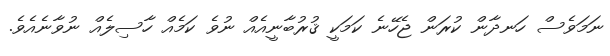
ނަމަވެސް ހަނދާން ކުރަން ޖެހޭނެ ކަމަކީ ޤުރުބާނީއެއް ނުވެ ކަމެއް ހާސިލެއް ނުވާނެއެވެ.